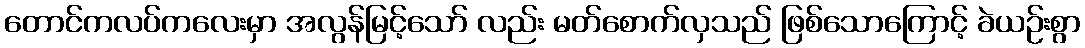
တောင်ကလပ်ကလေးမှာ အလွန်မြင့်သော် လည်း မတ်စောက်လှသည် ဖြစ်သောကြောင့် ခဲယဉ်းစွာ